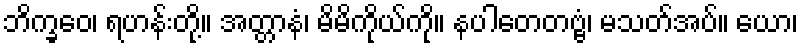
ဘိက္ခဝေ၊ ရဟန်းတို့။ အတ္တာနံ၊ မိမိကိုယ်ကို။ နပါတေတဗ္ဗံ၊ မသတ်အပ်။ ယော၊